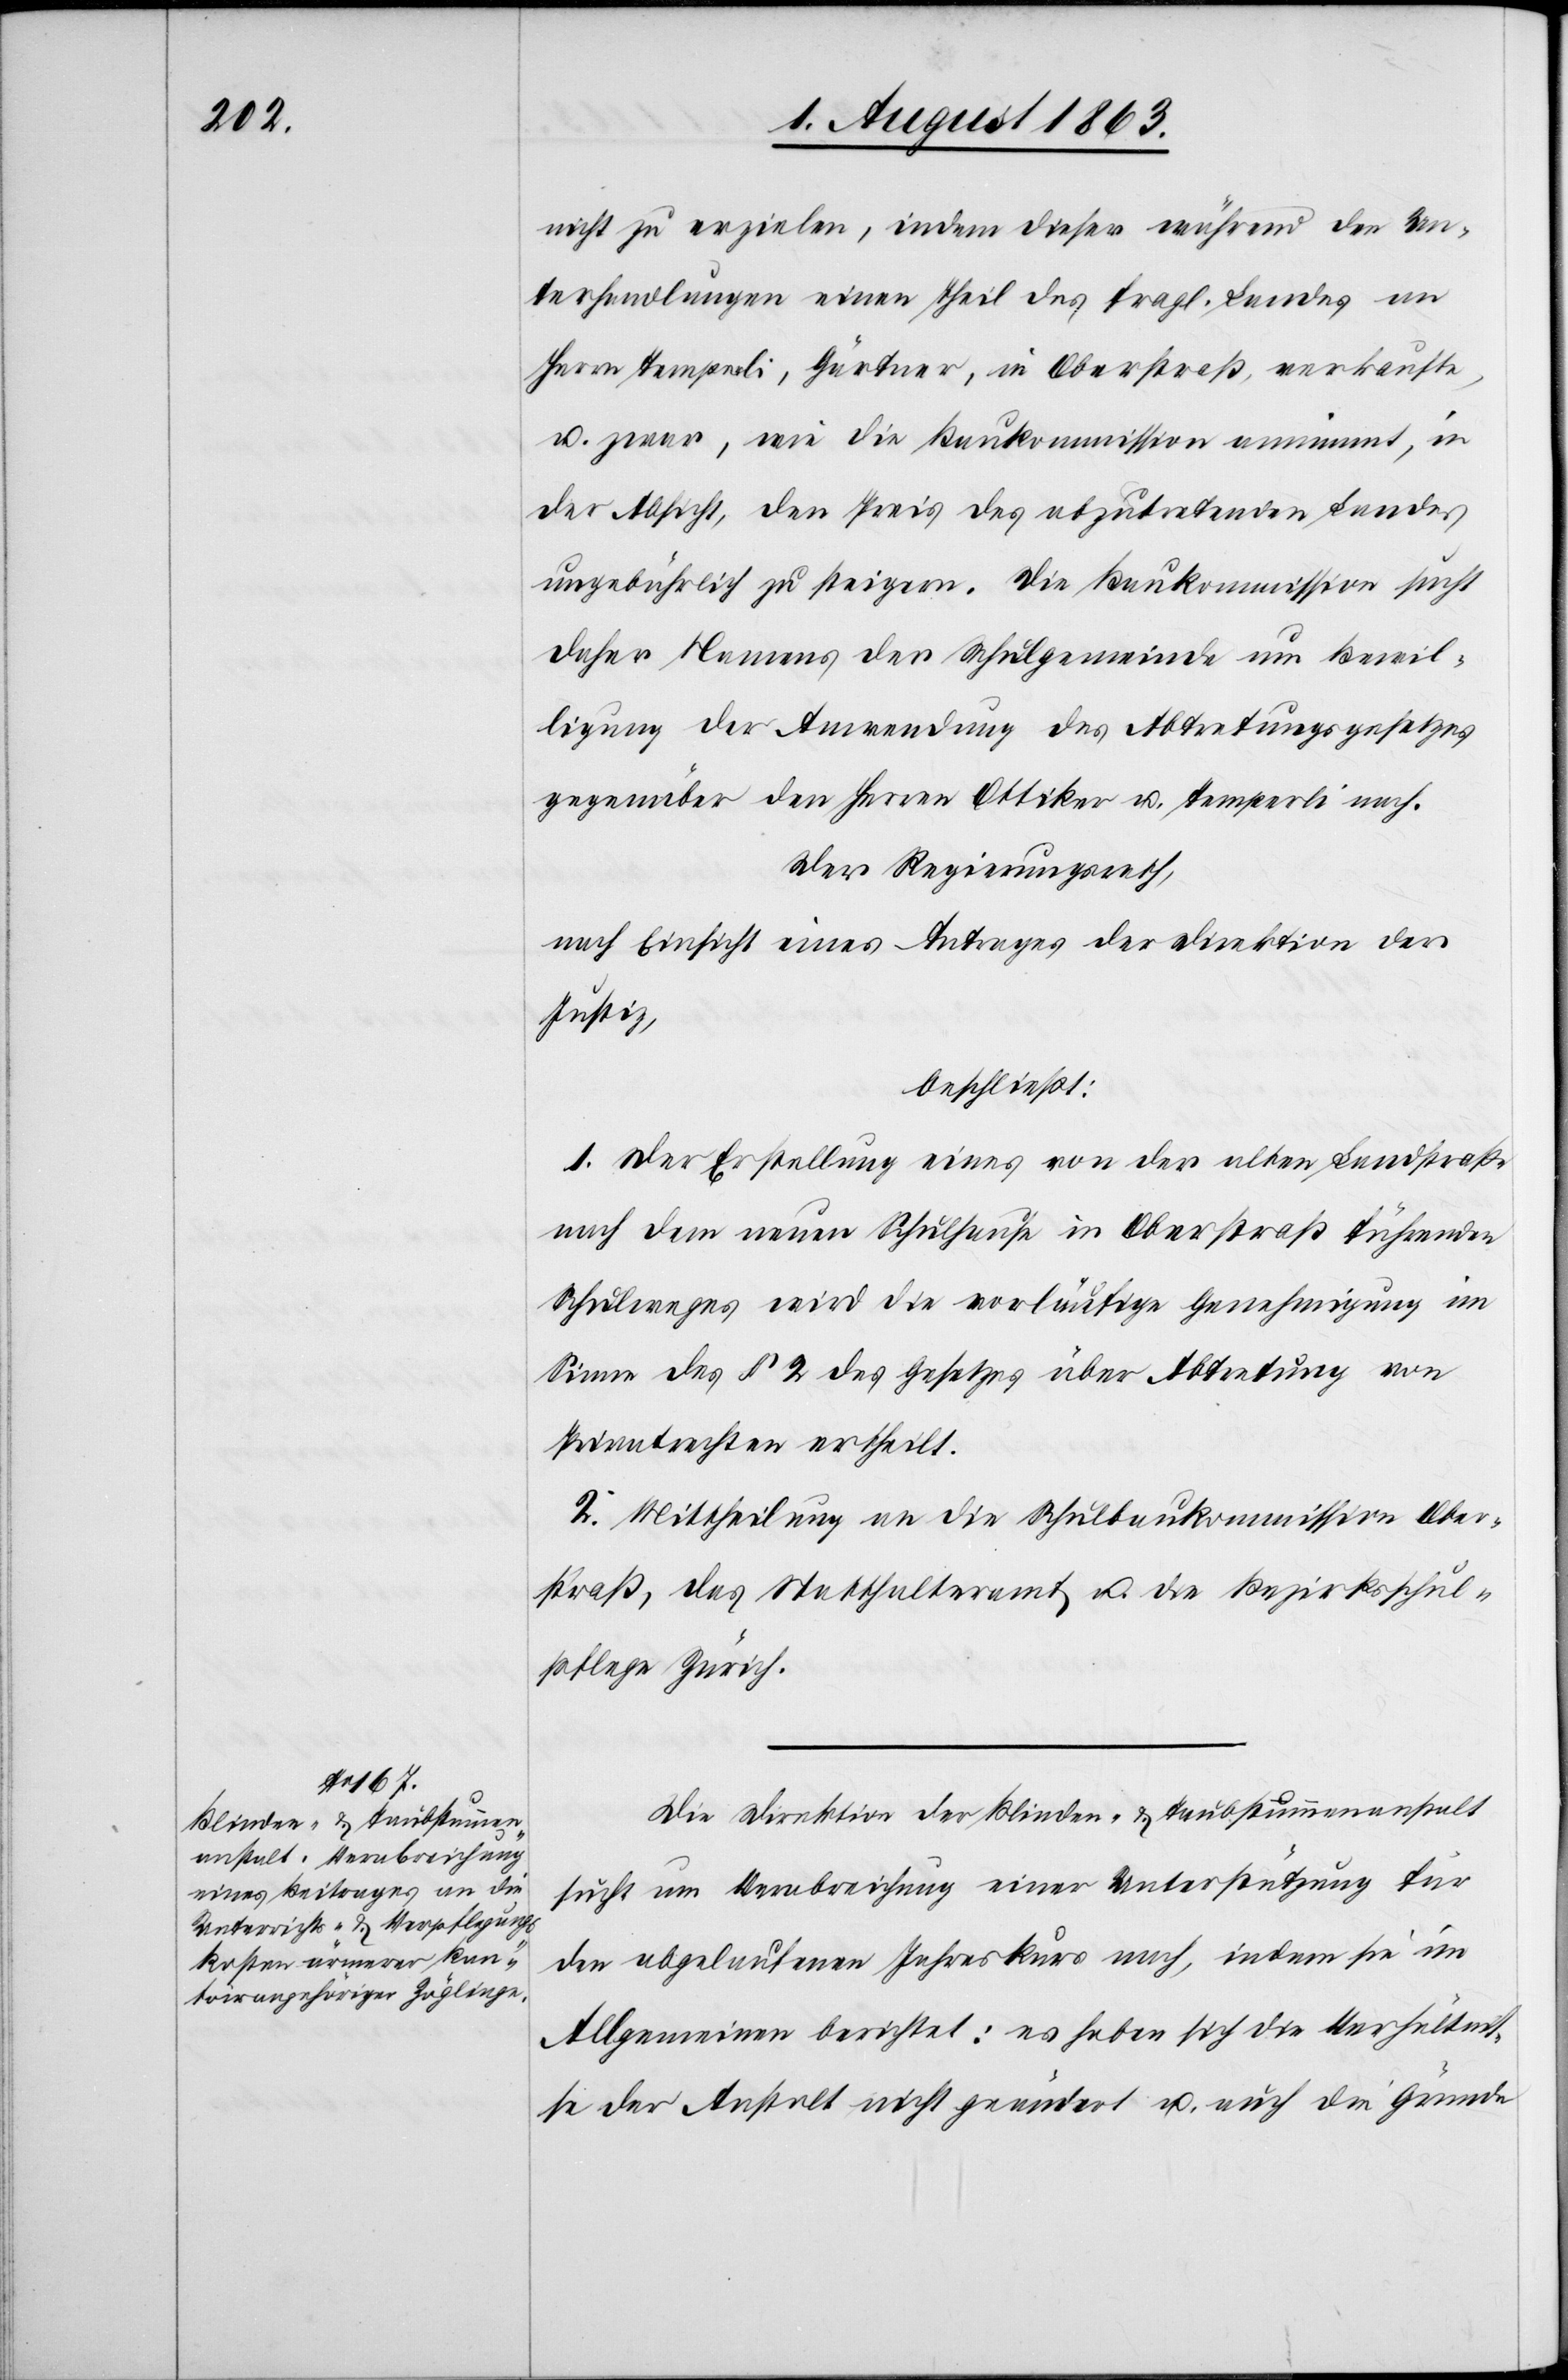
nicht zu erzielen, indem dieser während den Un¬
terhandlungen einen Theil des fragl. Landes an
Herrn Temperli, Gärtner, in Oberstraß, verkaufte,
u. zwar, wie die Baukommission annimmt, in
der Absicht, den Preis des abzutretenden Landes
ungebührlich zu stiegern. Die Baukommission sucht
daher Namens der Schulgemeinde um Bewil¬
ligung der Anwendung des Abtretungsgesetzes
gegenüber den Herren Ottiker u. Temperli nach.
Der Regierungsrath,
nach Einsicht eines Antrages der Direktion der
Justiz,
beschließt:
1. Der Erstellung eines von der alten Landstraße
nach dem neuen Schulhause in Oberstraß führenden
Schulweges wird die vorläufige Genehmigung im
Sinne des § 2 des Gesetzes über Abtretung von
Privatrechten ertheilt.
2. Mittheilung an die Schulbaukommission Ober¬
straß, das Statthalteramt u. die Bezirksschul¬
pflege Zürich.
Die Direktion der Blinden- & Taubstummenanstalt
sucht um Verabreichung einer Unterstützung für
den abgelaufenen Jahreskurs nach, indem sie im
Allgemeinen berichtet: es haben sich die Verhältnis¬
se der Anstalt nicht geändert u. auch die Gründe